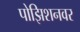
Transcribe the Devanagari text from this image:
पोझिशनवर